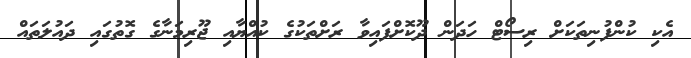
އެކި ކުންފުނިތަކަށް ރިސޯޓް ހަދަން ދޫކޮށްފައިވާ ރަށްތަކުގެ ކުއްޔާއި ޖޫރިމަނާގެ ގޮތުގައި ދައުލަތައް